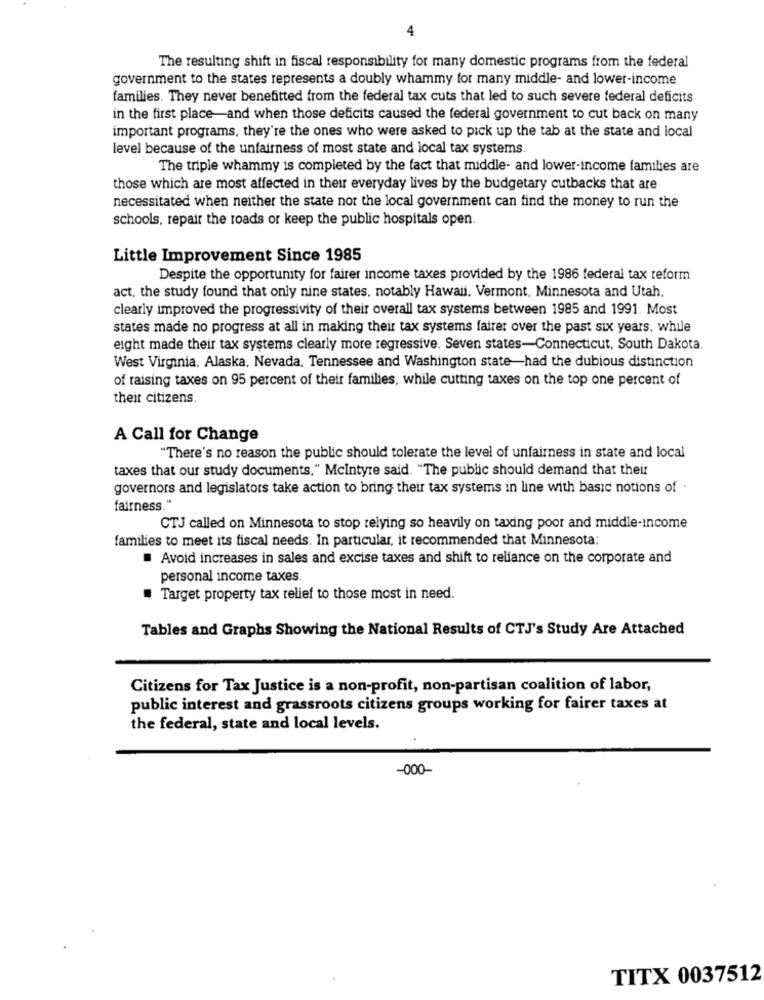
4
The resulting shift in fiscal responsibility for many domestic programs from the federal
government to the states represents a doubly whammy for many middle- and lower-income
families. They never benefitted from the federal tax cuts that led to such severe federal deficits
in the first place-and when those deficits caused the federal government to cut back on many
important programs, they're the ones who were asked to pick up the tab at the state and local
level because of the unfairness of most state and local tax systems.
The triple whammy is completed by the fact that middle- and lower-income families are
those which are most affected in their everyday lives by the budgetary cutbacks that are
necessitated when neither the state not the local government can find the money to run the
schools, repair the roads or keep the public hospitals open.
Little Improvement Since 1985
Despite the opportunity for fairer income taxes provided by the 1986 federal tax reform
act. the study found that only nine states, notably Hawaii. Vermont, Minnesota and Utah.
clearly improved the progressivity of their overall tax systems between 1985 and 1991. Most
states made no progress at all in making their tax systems faire: over the past six years. while
eight made their tax systems clearly more regressive. Seven states-Connecticut, South Dakota.
West Virginia. Alaska, Nevada, Tennessee and Washington state had the dubious distinction
of raising taxes on 95 percent of their families, while cutting taxes on the top one percent of
their citizens.
A Call for Change
"There's no reason the public should tolerate the level of unfairness in state and local
taxes that our study documents." Mcintyre said. "The public should demand that their
governors and legislators take action to bring their tax systems in line with basic notions of .
fairness."
CTJ called on Minnesota to stop relying so heavily on taxing poor and middle-income
families to meet its fiscal needs. In particular, it recommended that Minnesota:
Avoid increases in sales and excise taxes and shift to reliance on the corporate and
personal income taxes.
Target property tax relief to those most in need.
Tables and Graphs Showing the National Results of CTJ's Study Are Attached
Citizens for Tax Justice is a non-profit, non-partisan coalition of labor,
public interest and grassroots citizens groups working for fairer taxes at
the federal, state and local levels.
-000-
TITX 0037512